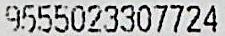
9555023307724